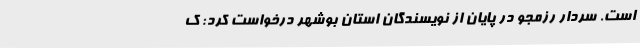
است. سردار رزمجو در پایان از نویسندگان استان بوشهر درخواست کرد: ک